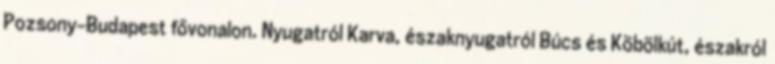
Pozsony-Budapest fővonalon. Nyugatról Karva, északnyugatról Búcs és Köbölkút, északról